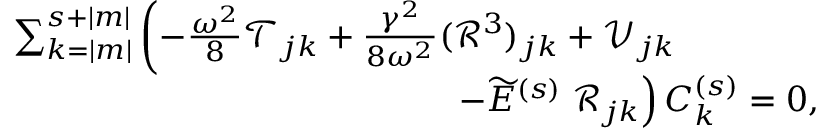
\begin{array} { r } { \sum _ { k = | m | } ^ { s + | m | } \left( - \frac { \omega ^ { 2 } } { 8 } \mathcal { T } _ { j k } + \frac { \gamma ^ { 2 } } { 8 \omega ^ { 2 } } ( \mathcal { R } ^ { 3 } ) _ { j k } + { \mathcal V } _ { j k } \right. \qquad \qquad } \\ { \left. - { \widetilde { E } } ^ { ( s ) } \; { \mathcal { R } } _ { j k } \right) C _ { k } ^ { ( s ) } = 0 , } \end{array}